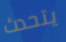
يتحدث